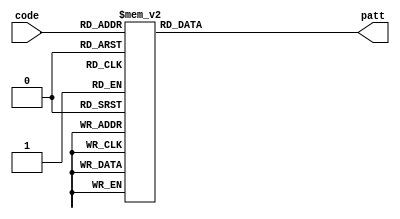
`timescale 1ns / 1ps
//////////////////////////////////////////////////////////////////////////////////
// Company: 
// Engineer: 
// 
// Design Name: 
// Module Name: pattern
// Project Name: 
// Target Devices: 
// Tool Versions: 
// Description: 
// 
// Dependencies: 
// 
// Revision:
// Revision 0.01 - File Created
// Additional Comments:
// 
//////////////////////////////////////////////////////////////////////////////////


module pattern(code, patt);
input [3: 0] code;       // 164
output reg [7:0] patt;       // 7
                       // 

always@(code[0], code[1] , code[2],  code[3]) begin
        case(code[3:0])
            4'b0000 : patt[7:0] = 8'b11000000;
            4'b0001 : patt[7:0] = 8'b11111001;
            4'b0010 : patt[7:0] = 8'b10100100;
            4'b0011 : patt[7:0] = 8'b10110000;
            4'b0100 : patt[7:0] = 8'b10011001;
            4'b0101 : patt[7:0] = 8'b10010010;
            4'b0110 : patt[7:0] = 8'b10000010;
            4'b0111 : patt[7:0] = 8'b11111000;
            4'b1000 : patt[7:0] = 8'b10000000;
            4'b1001 : patt[7:0] = 8'b10011000;
            4'b1010 : patt[7:0] = 8'b10001000;
            4'b1011 : patt[7:0] = 8'b10000011;
            4'b1100 : patt[7:0] = 8'b11000110;
            4'b1101 : patt[7:0] = 8'b10100001;
            4'b1110 : patt[7:0] = 8'b10000110;
            default : patt[7:0] = 8'b10001110;
        endcase
    end
endmodule